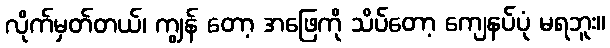
လိုက်မှတ်တယ်၊ ကျွန် တော့ အဖြေကို သိပ်တော့ ကျေနပ်ပုံ မရဘူး။